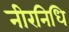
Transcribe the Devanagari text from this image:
नीरनिधि